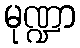
မုဏ္ဍာ